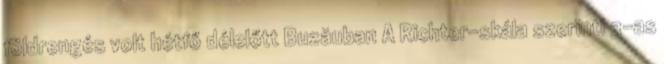
földrengés volt hétfő délelőtt Buzăuban A Richter-skála szerinti 3-as